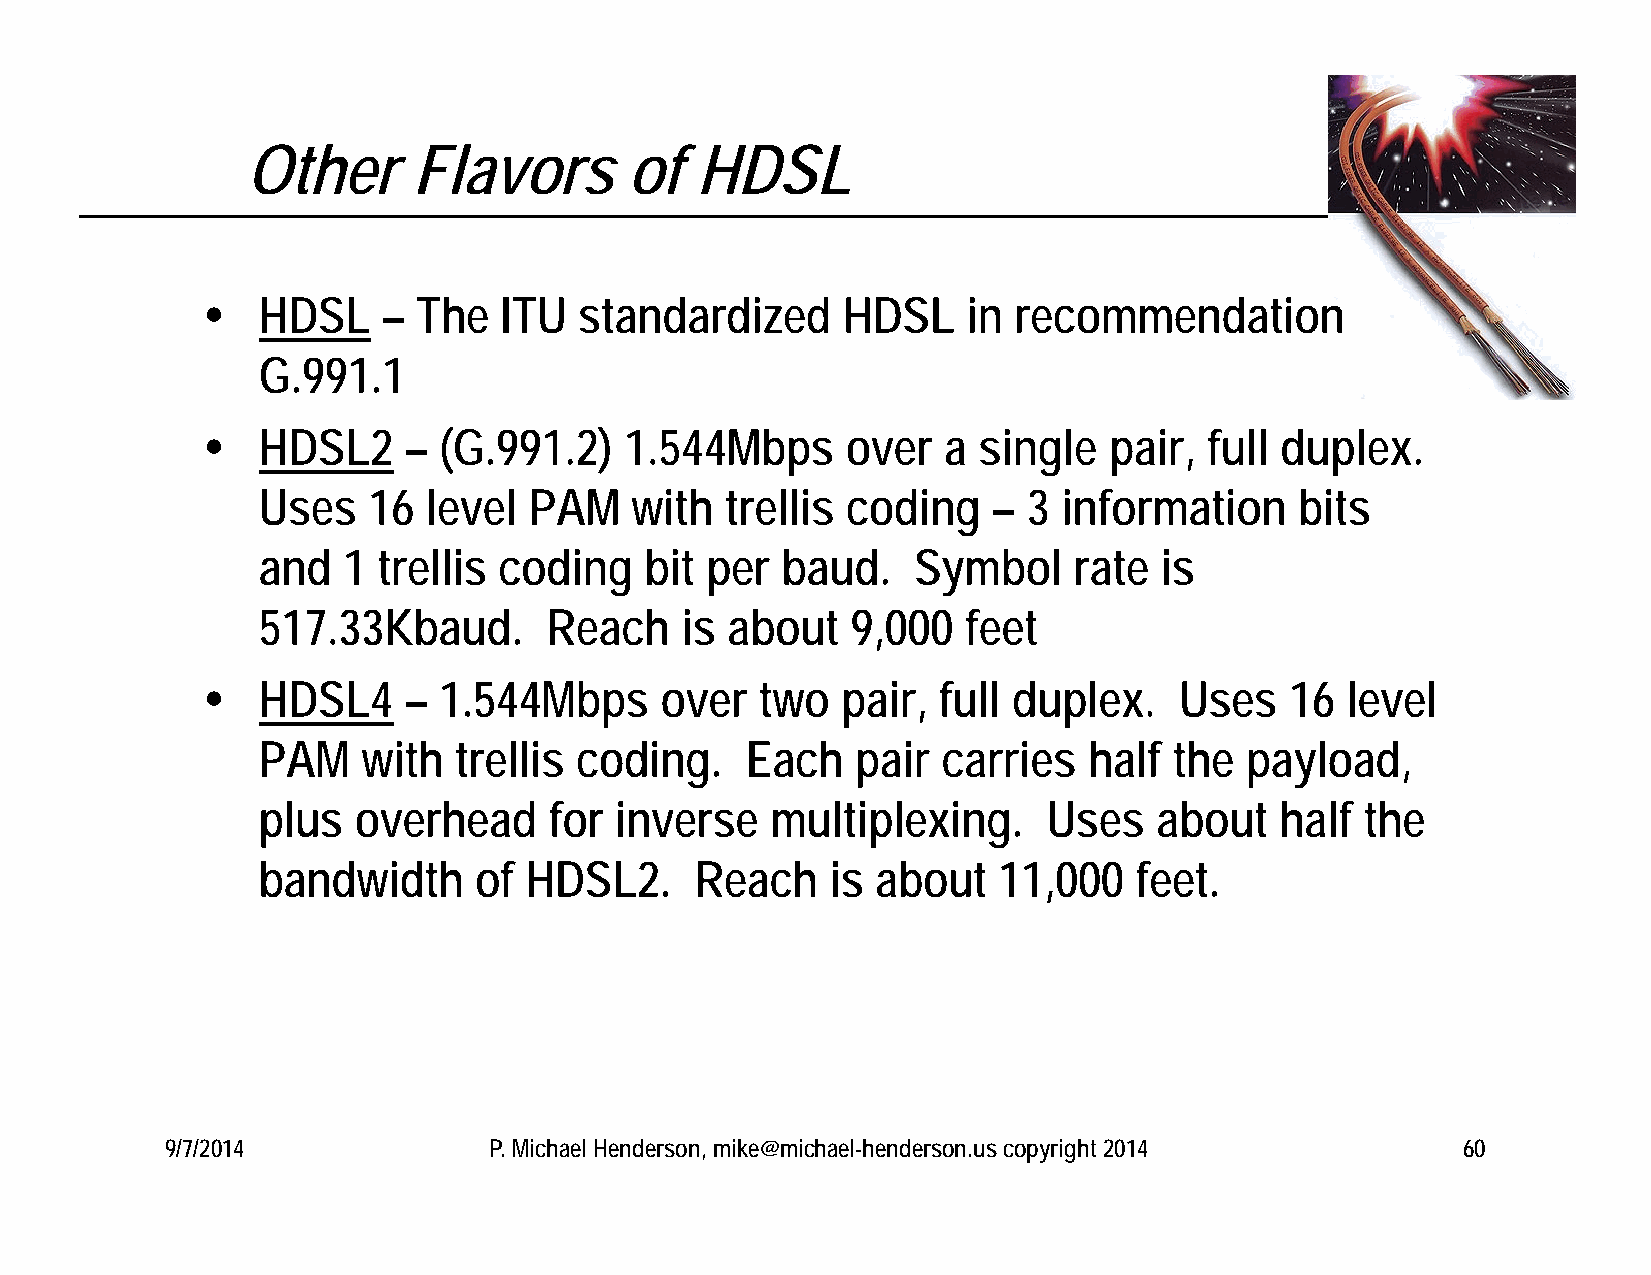
Other      Flavors        of  HDSL
    HDSL    –  The  ITU  standardized      HDSL    in recommendation
 G.991.1
    HDSL2     – (G.991.2)   1.544Mbps      over  a  single  pair,  full duplex.
 Uses   16  level  PAM    with  trellis coding    – 3 information     bits
 and   1 trellis coding    bit per  baud.   Symbol     rate  is
 517.33Kbaud.       Reach    is about   9,000   feet
    HDSL4     – 1.544Mbps      over  two   pair, full duplex.    Uses   16  level
 PAM    with  trellis coding.    Each    pair carries   half  the payload,
 plus  overhead     for  inverse   multiplexing.     Uses    about   half the
 bandwidth     of  HDSL2.     Reach    is about   11,000   feet.
 9/7/2014             P. Michael Henderson, mike@michael-henderson.us copyright 2014   60